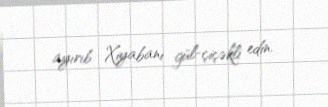
ayırıb Xiyabanı gül-çiçəkli edin.